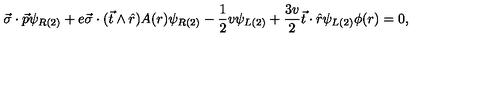
\vec { \sigma } \cdot \vec { p } \psi _ { R ( 2 ) } + e \vec { \sigma } \cdot ( \vec { t } \wedge \hat { r } ) A ( r ) \psi _ { R ( 2 ) } - \frac { 1 } { 2 } v \psi _ { L ( 2 ) } + \frac { 3 v } { 2 } \vec { t } \cdot \hat { r } \psi _ { L ( 2 ) } \phi ( r ) = 0 ,